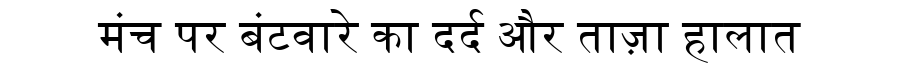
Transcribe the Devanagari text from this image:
मंच पर बंटवारे का दर्द और ताज़ा हालात